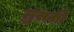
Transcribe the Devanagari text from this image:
लुसकी